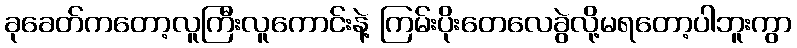
ခုခေတ်ကတော့လူကြီးလူကောင်းနဲ့ ကြမ်းပိုးတေလေခွဲလို့မရတော့ပါဘူးကွာ